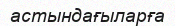
астындағыларға